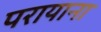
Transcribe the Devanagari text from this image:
परायाना